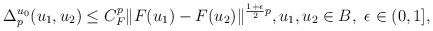
LaTeX: \begin{align*} \Delta_p^{u_0}(u_1, u_2) \leq C_F^p \|F(u_1)-F(u_2) \|^{\frac{1+\epsilon}{2}p}, u_1, u_2 \in B, \ \epsilon \in (0, 1], \end{align*}